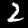
Digit: 2